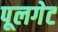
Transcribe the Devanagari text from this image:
पूलगेट